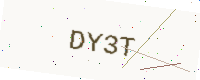
Text: DY3T